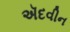
ઍદવીન